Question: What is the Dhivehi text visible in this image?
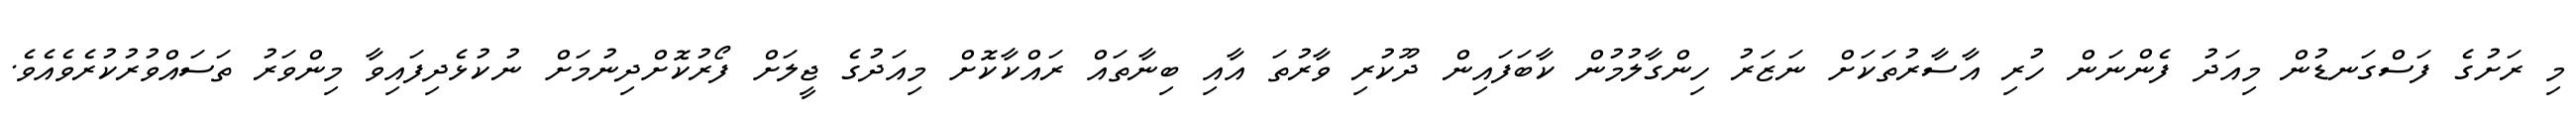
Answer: މި ރަށުގެ ފަސްގަނޑުން މިއަދު ފެންނަން ހުރި އާސާރުތަކަށް ނަޒަރު ހިންގާލުމުން ކާބަފައިން ދޫކުރި ވާރުތަ އާއި ބިނާތައް ރައްކާކޮށް މިއަދުގެ ޖީލަށް ފޯރުކޮށްދިނުމަށް ނުކުޅެދިފައިވާ މިންވަރު ތަސައްވުރުކުރެވެއެވެ.